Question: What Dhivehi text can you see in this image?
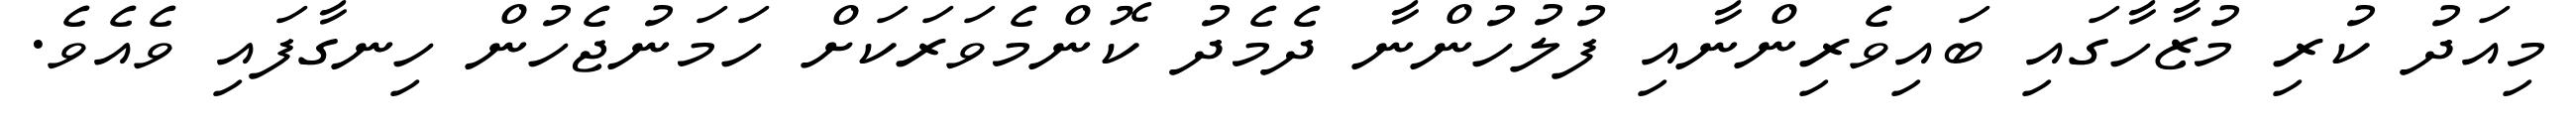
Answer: މިއަދު ކުރި މުޒާހާގައި ބައިވެރިންނާއި ފުލުހުންނާ ދެމެދު ކޮންމެވަރަކަށް ހަމަނުޖެހުން ހިނގާފައި ވެއެވެ.